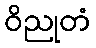
ဝိညုတံ